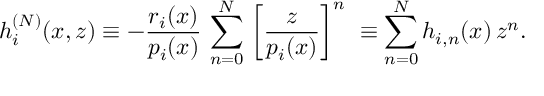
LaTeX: h _ { i } ^ { ( N ) } ( x , z ) \equiv - \frac { r _ { i } ( x ) } { p _ { i } ( x ) } \, \sum _ { n = 0 } ^ { N } \, { \left[ \frac { z } { p _ { i } ( x ) } \right] } ^ { n } \ \equiv \sum _ { n = 0 } ^ { N } h _ { i , n } ( x ) \, z ^ { n } .